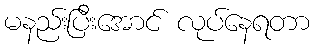
မနည်းပြီးအောင် လုပ်နေရတာ